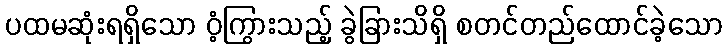
ပထမဆုံးရရှိသော ဝံ့ကြွားသည့် ခွဲခြားသိရှိ စတင်တည်ထောင်ခဲ့သော